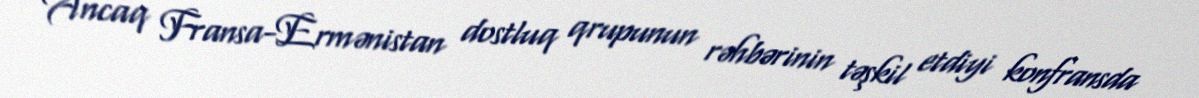
Ancaq Fransa-Ermənistan dostluq qrupunun rəhbərinin təşkil etdiyi konfransda